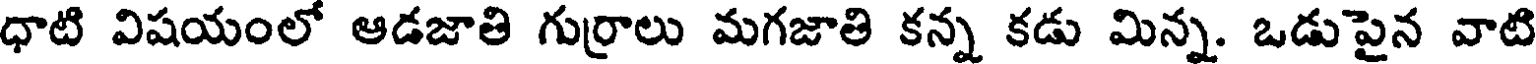
ధాటి విషయంలో ఆడజాతి గుర్రాలు మగజాతి కన్న కడు మిన్న. ఒడుపైన వాటి